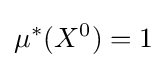
\mu ^{*}(X^{0})=1